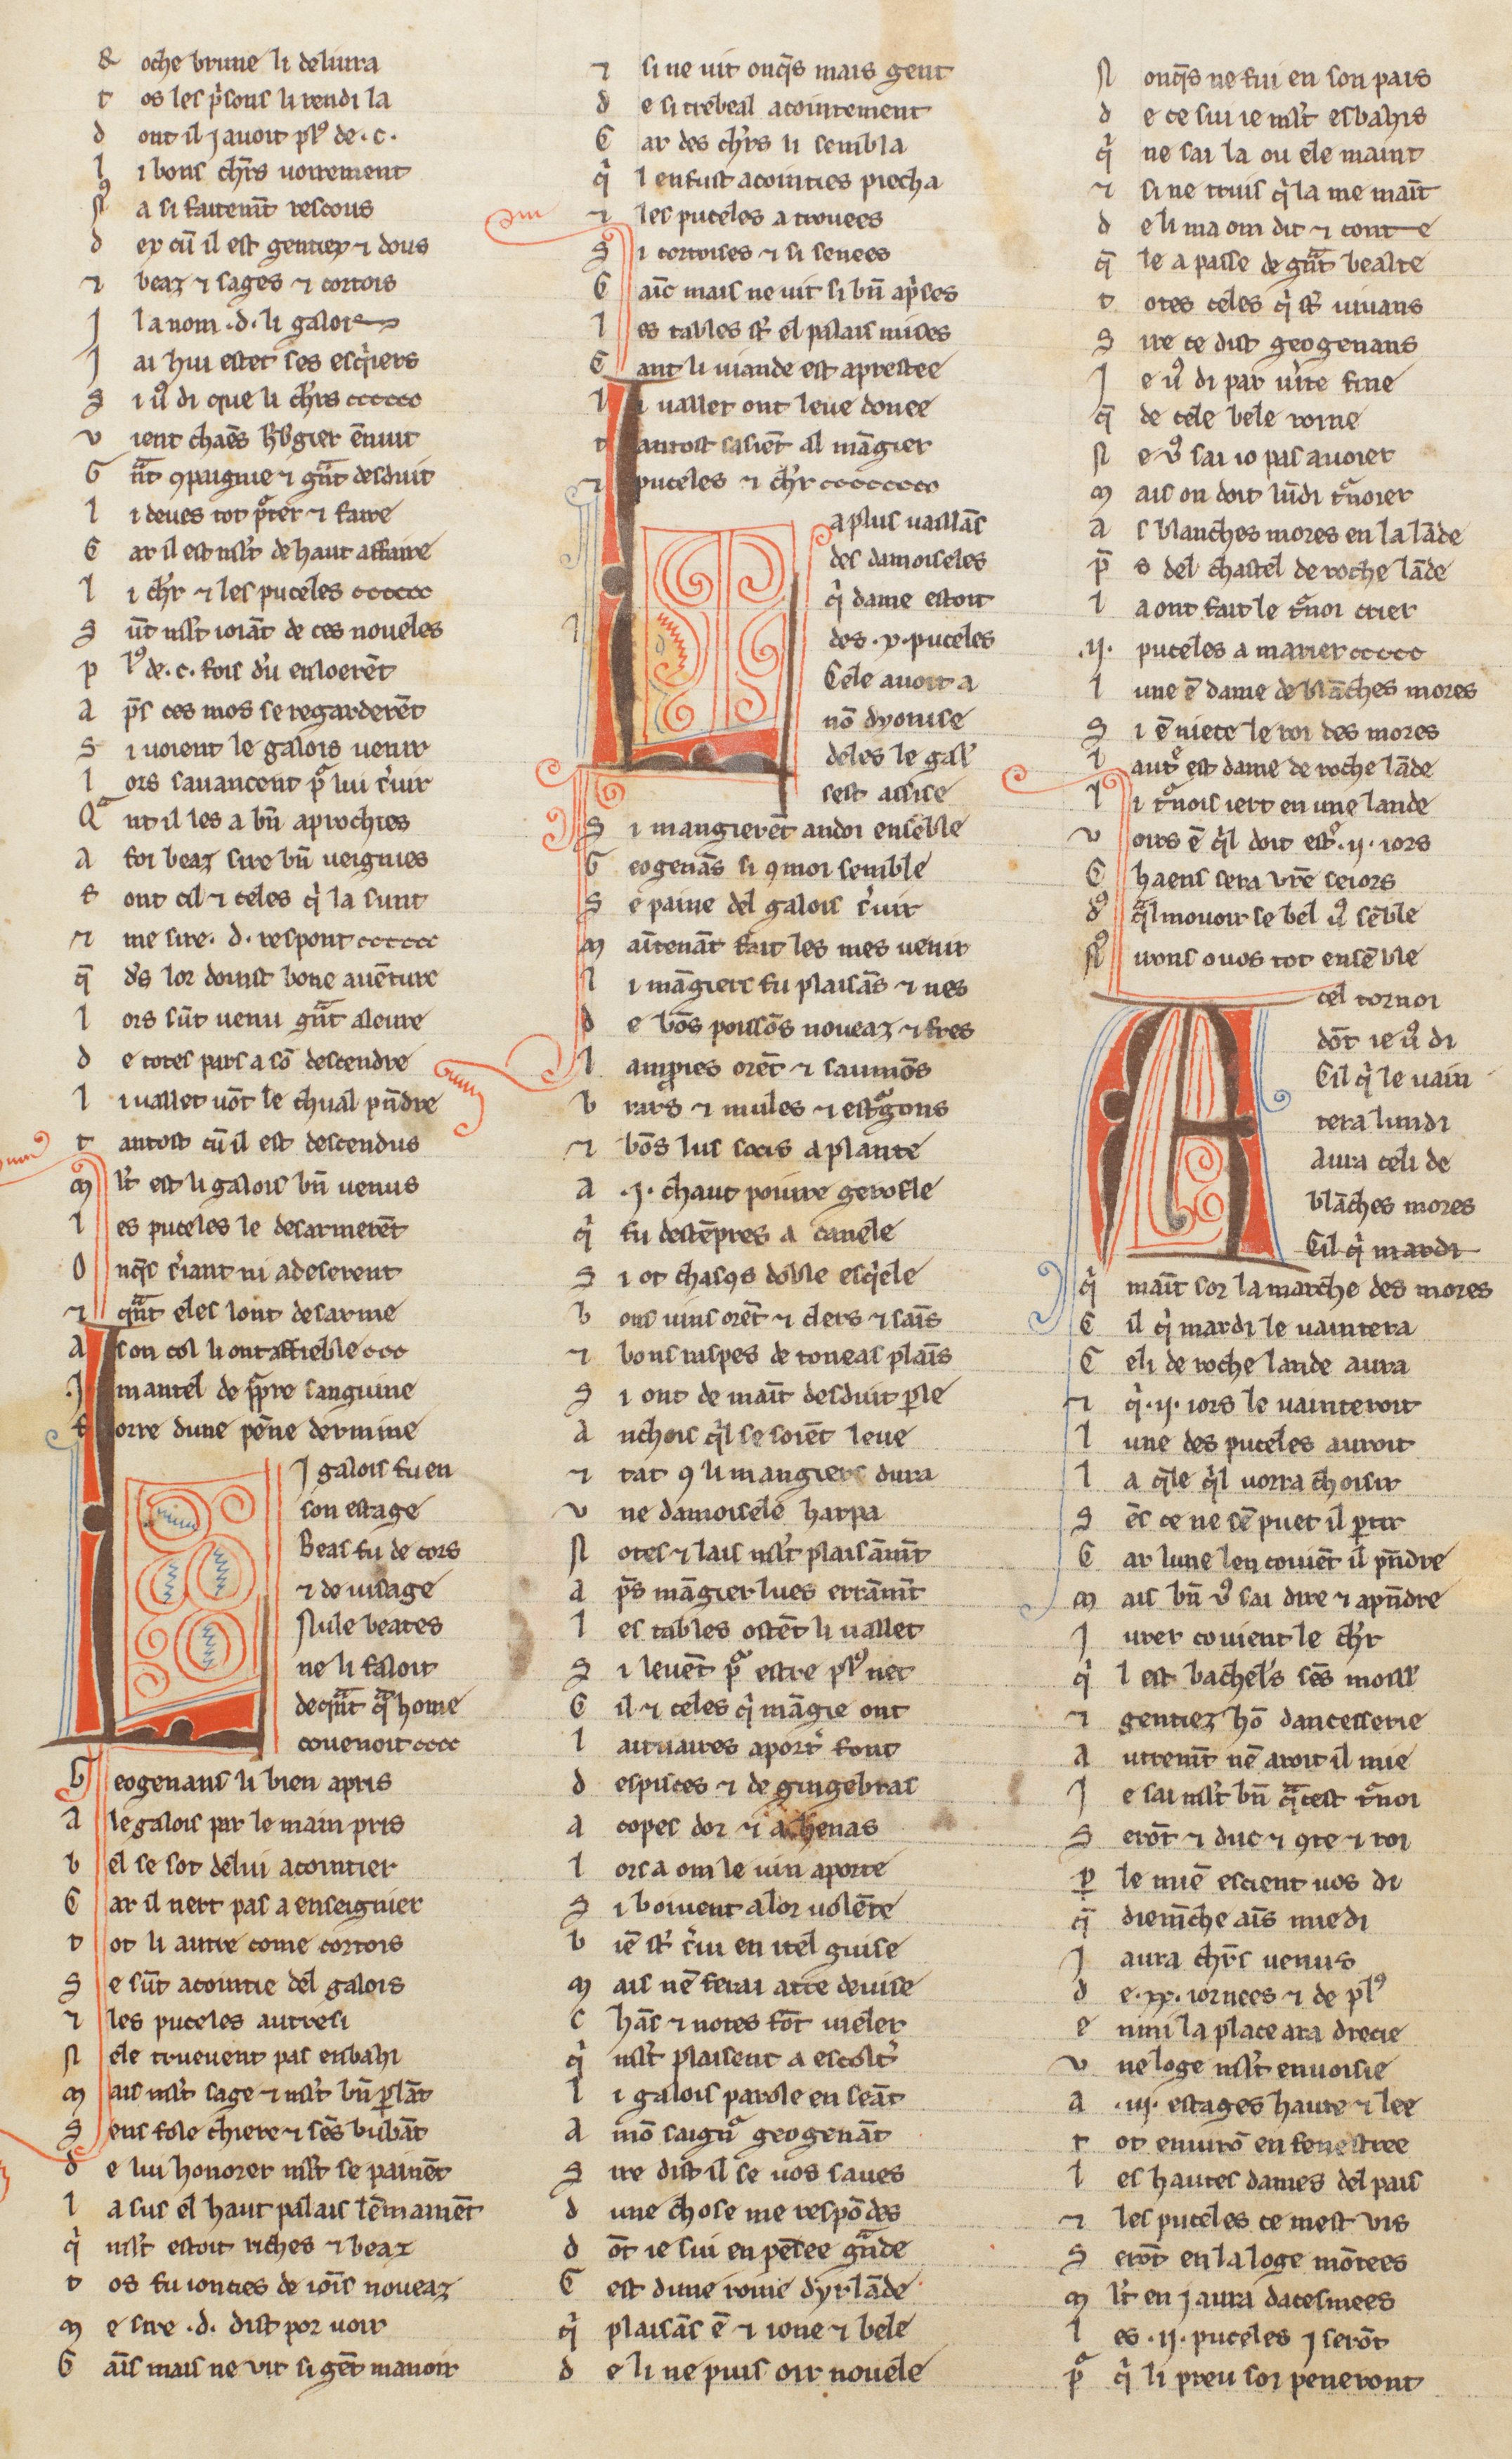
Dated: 1255–1285